Torma_(Votikvere)_vallavalitsus, lk 46
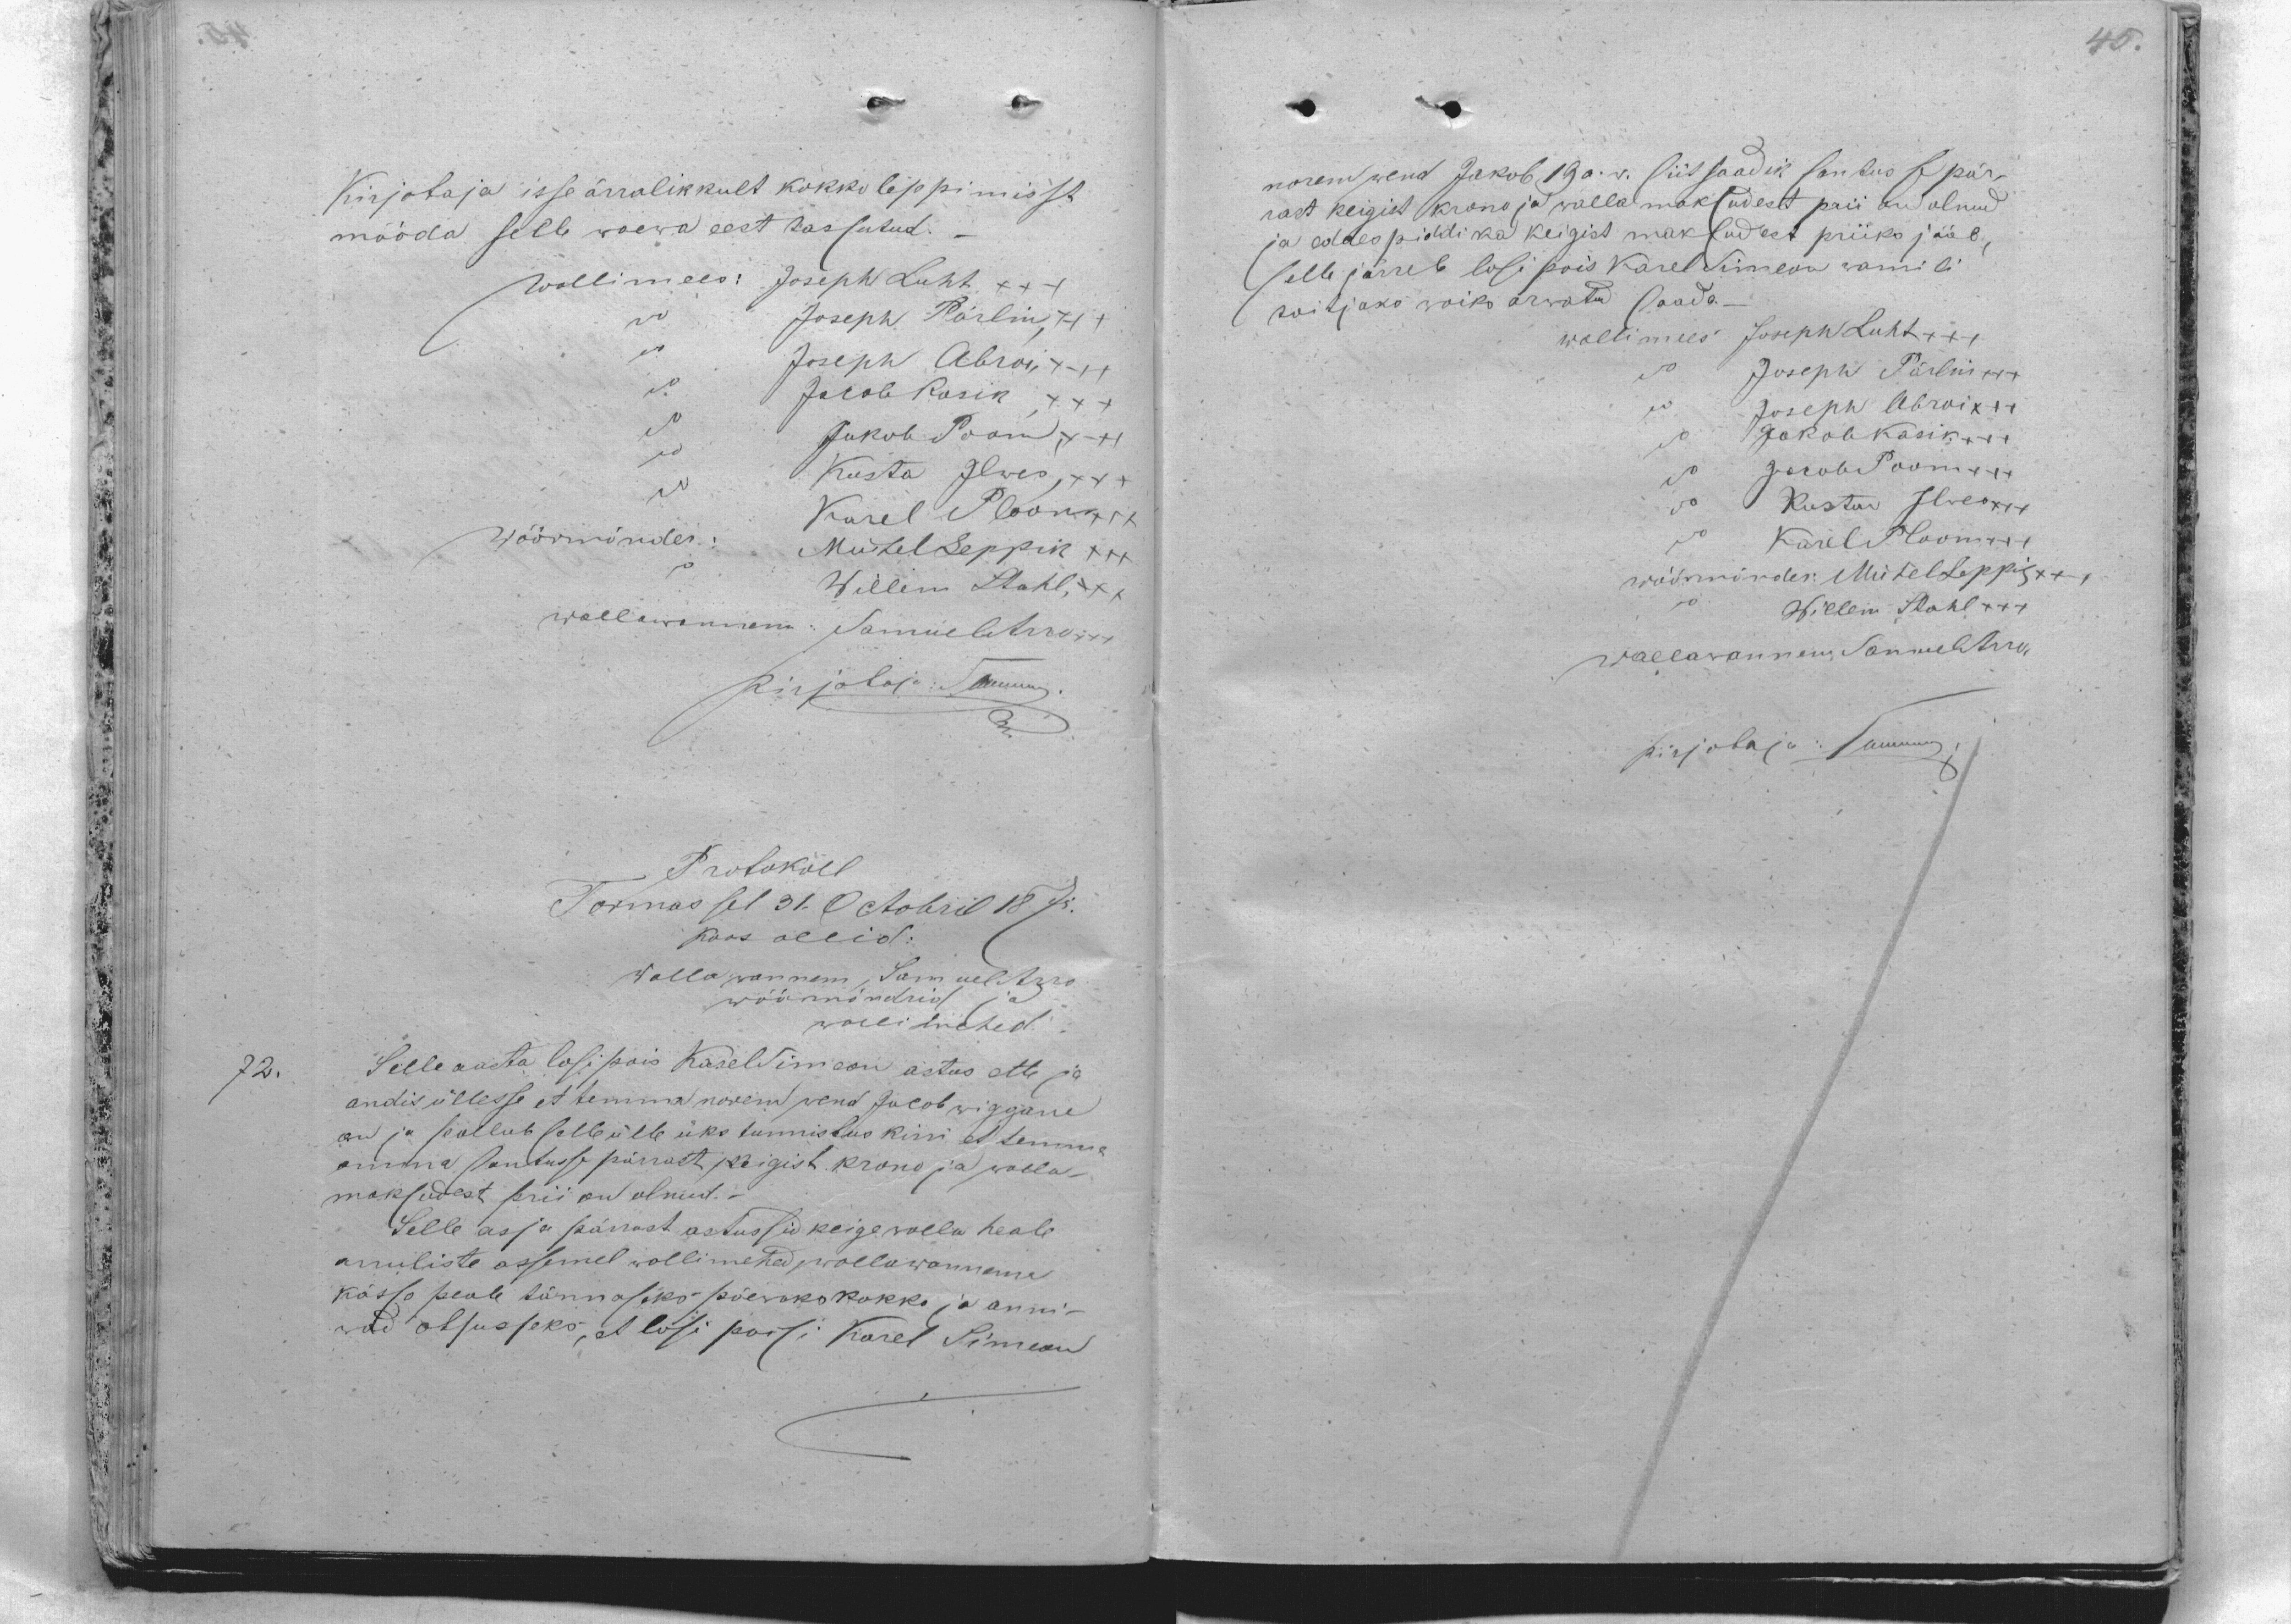
72.
Kirjotaja isse ärralikkult kokko leppimisst
mööda selle waewa eest tassutud.
Wollimees: Joseph Luht XXX
Joseph Pärlin XXX
Joseph Abroi XXX
Jakob Kasik XXX
Jakob Poom XXX
Kusta Ilwes XXX
Karel Ploom XXX
Wöörmönder:
Mihkel Leppik XXX
Willem Stahl XXX
wallawannem: Samuel Arro XXX
Kirjotaja: Summri.
Protokoll
Tormas sel 31. Octobril 1875
koos ollid:
Wallaannem, Samuel Arro
wöörmöndrid ja
wollimehed
Selle aasta losipois Karel Simson astus ette ja
andis üllesse et temma norem wend Jacob wiggane
on ja pallub selle ülle üks tunnistus kirri et temma
omma santusse pärrast keigist krono ja walla
maksudest prii on olnud.
Selle asja pärrast astussid keige walla heale
armliste assemel wollimehed, wallawannema
kässo peale tännaseks päewaks kokko ja anni-
sid otsusseks, et losi poisi Karel Simeon

norem wend Jakob 19 a.w. siit saadik santus se pär-
rast keigist krono ja walla maksudest prii on olnud
ja eddespiddi ka keigist maksudest priiks jääb,
selle järrele losi pois Kare Simeon wamili
toitjaks wõiks arvata saada.
wollimees Joseph Luht xxx
Joseph Pärlin xxx
Joseph Abroi xxx
Jakob Kasik xxx
Jakob Poom xxx
Kusta Ilwes xxx
Karel Ploom xxx
wöörmönder: Mihkel Leppik xxx
Willem Stahl +++
wallawannem Samuel  Arro
kirjotaja: Summri